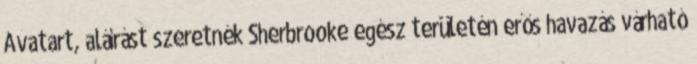
Avatart, aláírást szeretnék Sherbrooke egész területén erős havazás várható